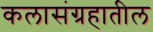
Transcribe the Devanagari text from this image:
कलासंग्रहातील